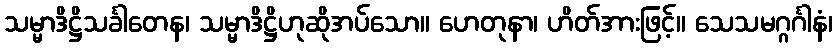
သမ္မာဒိဋ္ဌိသင်္ခါတေန၊ သမ္မာဒိဋ္ဌိဟုဆိုအပ်သော။ ဟေတုနာ၊ ဟိတ်အားဖြင့်။ သေသမဂ္ဂင်္ဂါနံ၊